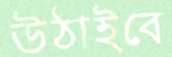
উঠাইবে